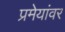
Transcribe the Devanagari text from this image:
प्रमेयांवर